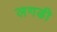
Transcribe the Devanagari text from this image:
लगडी